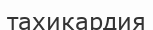
тахикардия